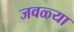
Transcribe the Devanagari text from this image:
जवळ्या